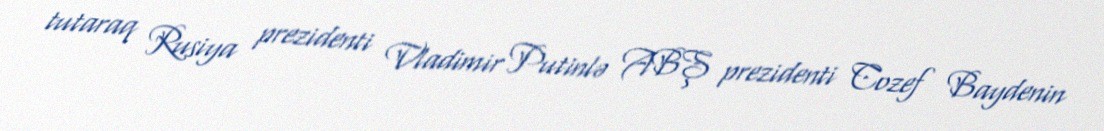
tutaraq Rusiya prezidenti Vladimir Putinlə ABŞ prezidenti Cozef Baydenin